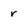
Character: r